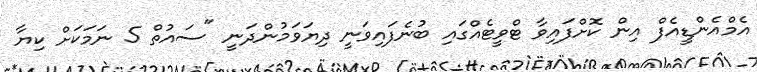
އެމްއެންޑީއެފް އިން ކޮށްފައިވާ ޓްވީޓެއްގައި ބުނެފައިވަނީ ދިޔަވަމުންދަނީ "ސައުތް 5 ނަމަކަށް ކިޔާ